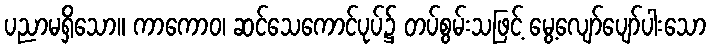
ပညာမရှိသော။ ကာကောဝ၊ ဆင်သေကောင်ပုပ်၌ တပ်စွမ်းသဖြင့် မွေ့လျော်ပျော်ပါးသော